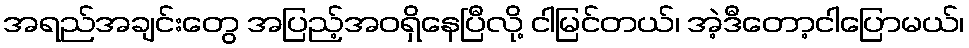
အရည်အချင်းတွေ အပြည့်အဝရှိနေပြီလို့ ငါမြင်တယ်၊ အဲ့ဒီတော့ငါပြောမယ်၊